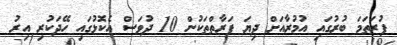
ފުރަތަމަ ބުރުގައި އުމުރާއަށް ދިޔަ ފަރާތްތަކުން 10 ދުވަސް އެކޮޅުގައި ހޭދަކުރި އިރު